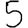
Digit: 5